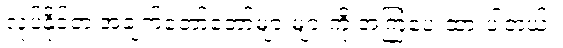
လုပ်နိုင်တဲ့ အချက်တော်တော်များများကို အကြံပေးထားပါတယ်။